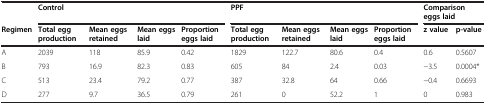
|  | <COLSPAN=4> Control | <COLSPAN=4> PPF | <COLSPAN=2> Comparison eggs laid |
 | Regimen | Total egg production | Mean eggs retained | Mean eggs laid | Proportion eggs laid | Total egg production | Mean eggs retained | Mean eggs laid | Proportion eggs laid | z value | p-value |
 | --- | --- | --- | --- | --- | --- | --- | --- | --- | --- | --- |
 | A | 2039 | 118 | 85.9 | 0.42 | 1829 | 122.7 | 80.6 | 0.4 | 0.6 | 0.5607 |
 | B | 793 | 16.9 | 82.3 | 0.83 | 605 | 84 | 2.4 | 0.03 | −3.5 | 0.0004* |
 | C | 513 | 23.4 | 79.2 | 0.77 | 387 | 32.8 | 64 | 0.66 | −0.4 | 0.6693 |
 | D | 277 | 9.7 | 36.5 | 0.79 | 261 | 0 | 52.2 | 1 | 0 | 0.983 |